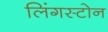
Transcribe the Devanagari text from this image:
लिंगस्टोन